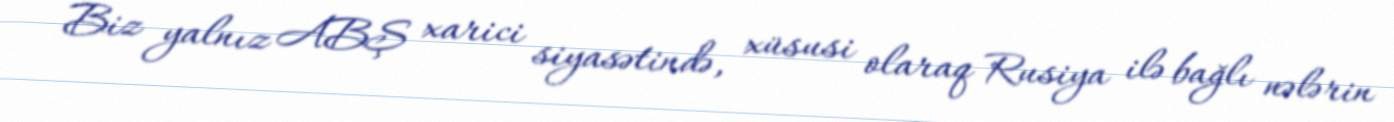
Biz yalnız ABŞ xarici siyasətində, xüsusi olaraq Rusiya ilə bağlı nələrin